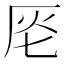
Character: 𠩔